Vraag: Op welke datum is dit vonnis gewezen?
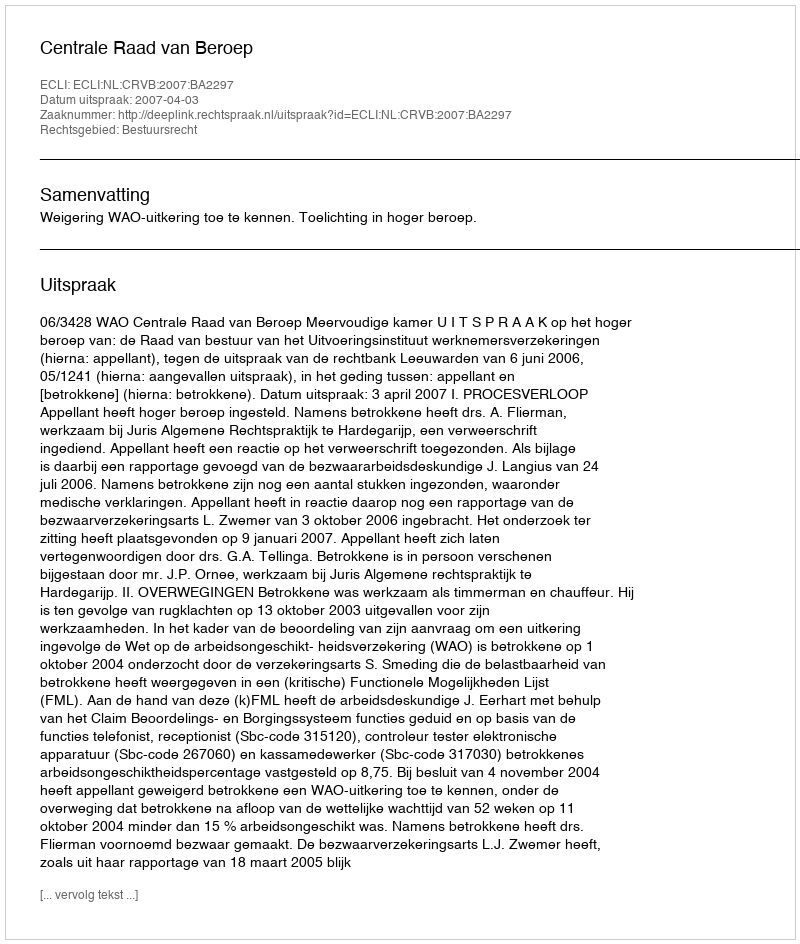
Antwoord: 2007-04-03